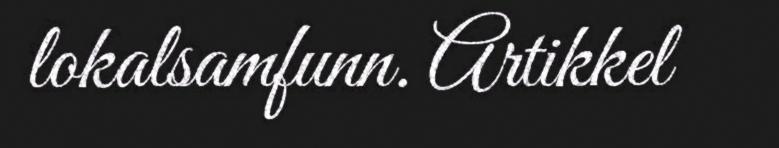
lokalsamfunn. Artikkel